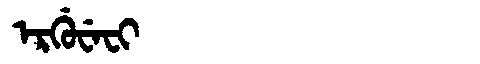
Manchu: ᡝᡵᡤᡠᠸᡝᠸᡳ
Romanization: ERGUWEFI